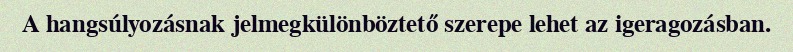
A hangsúlyozásnak jelmegkülönböztető szerepe lehet az igeragozásban.